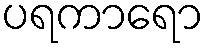
ပရကာရော